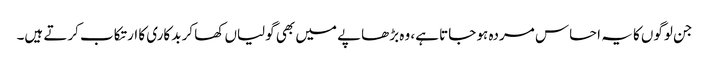
جن لوگوں کا یہ احساس مردہ ہو جاتا ہے، وہ بڑھاپے میں بھی گولیاں کھا کر بدکاری کا ارتکاب کرتے ہیں۔